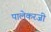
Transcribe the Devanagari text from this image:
पालेकरजी